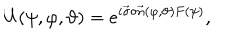
U ( \psi , \varphi , \vartheta ) = e ^ { i \vec { \sigma } \circ \vec { n } ( \varphi , \vartheta ) F ( \psi ) } ,